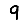
Digit: 9